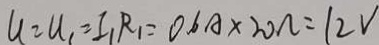
U = U _ { 1 } = I _ { 1 } R _ { 1 } = 0 . 6 A \times 2 0 \Omega = 1 2 V